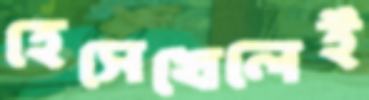
হেসেখেলেই